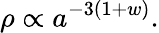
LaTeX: \rho\propto a^{-3(1+w)}.